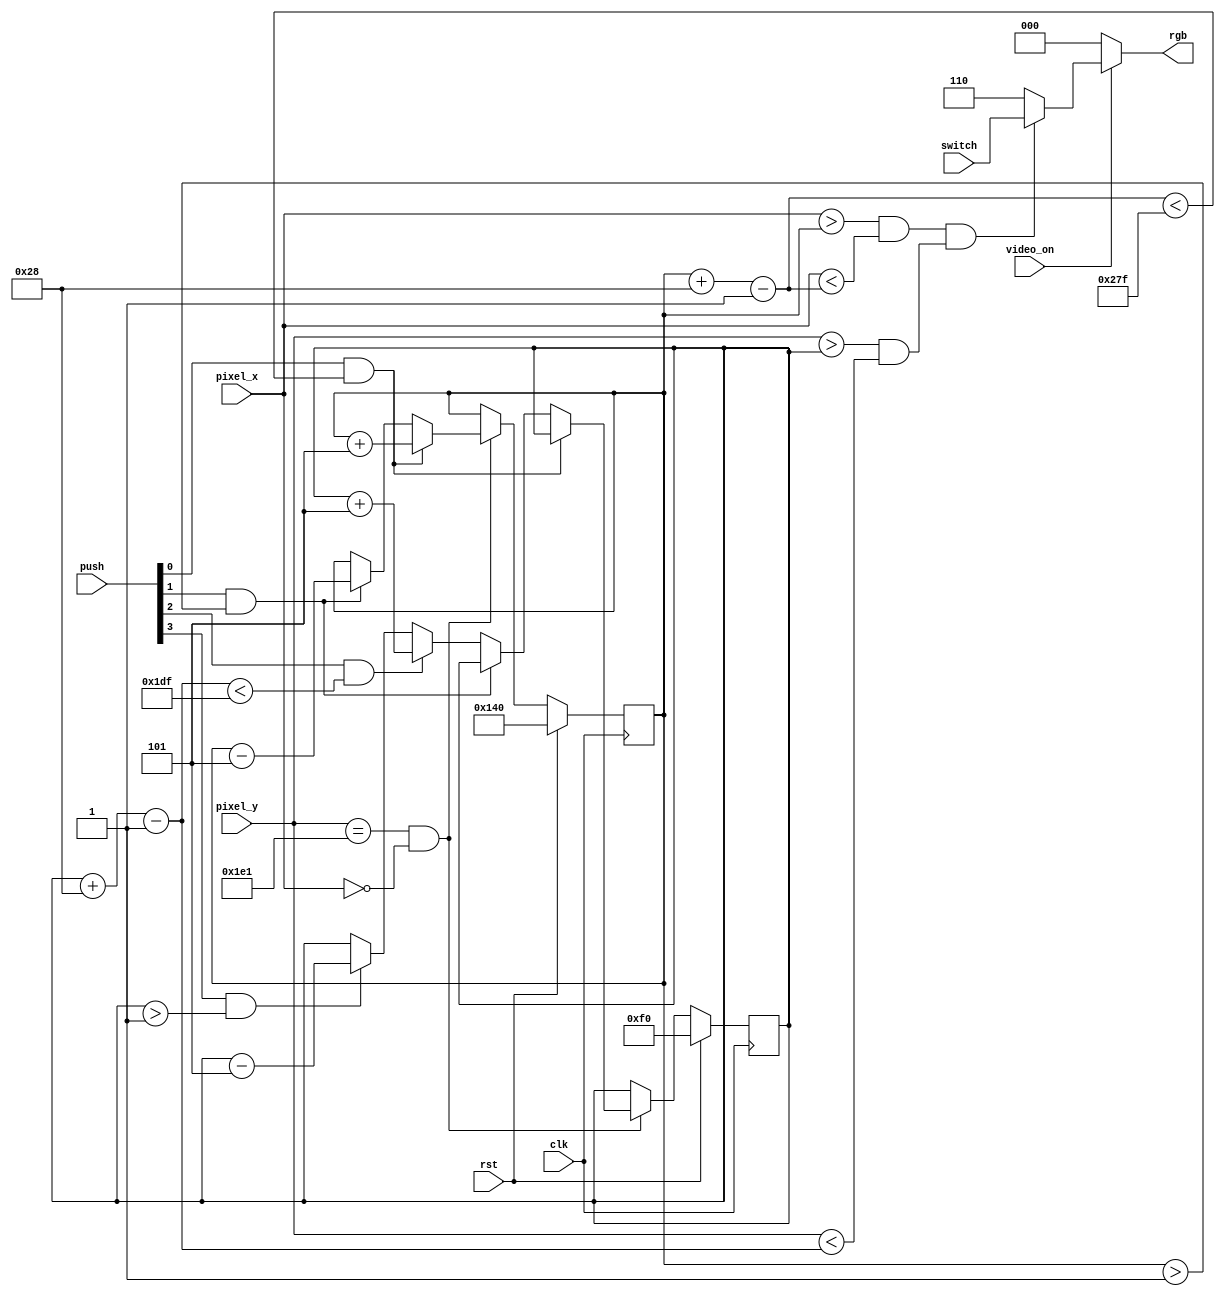
module pixelGeneration(clk, rst, push, switch, pixel_x, pixel_y, video_on, rgb);
input clk, rst;
input [3:0] push;
input [2:0] switch;
input [9:0] pixel_x, pixel_y;
input video_on;
output reg [2:0] rgb;
wire square_on, refr_tick;
localparam MAX_X = 640;
localparam MAX_Y = 480;
localparam SQUARE_SIZE = 40;
localparam SQUARE_VEL = 5;
wire [9:0] square_x_left, square_x_right, square_y_top, square_y_bottom;
reg [9:0] square_y_reg, square_y_next;
reg [9:0] square_x_reg, square_x_next;
always @(posedge clk) begin
	if(rst) begin
		square_y_reg <= 240;
		square_x_reg <= 320;
	end
	else begin
		square_y_reg <= square_y_next;
		square_x_reg <= square_x_next;
	end
end
assign refr_tick = (pixel_y ==481) && (pixel_x ==0);
assign square_y_top = square_y_reg;
assign square_x_left = square_x_reg;
assign square_y_bottom = square_y_top + SQUARE_SIZE - 1;
assign square_x_right = square_x_left + SQUARE_SIZE - 1;
always @(*) begin
	rgb = 3'b000;
	if(video_on) begin
		if(square_on)
			rgb = switch;
		else
			rgb = 3'b110;
	end
end
assign square_on = ((pixel_x > square_x_left) && (pixel_x < square_x_right)) && ((pixel_y > square_y_top) && (pixel_y < square_y_bottom));
always @(*) begin
	square_y_next = square_y_reg;
	square_x_next = square_x_reg;
	if(refr_tick) begin
		if (push[0] && (square_x_right < MAX_X - 1)) begin 
			square_x_next = square_x_reg + SQUARE_VEL; 
		end 
		else if (push[1] && (square_x_left > 1 )) begin
			square_x_next = square_x_reg - SQUARE_VEL; 
		end
		else if (push[2] && (square_y_bottom < MAX_Y - 1 )) begin
			square_y_next = square_y_reg + SQUARE_VEL; 
		end
		else if (push[3] && (square_y_top > 1)) begin
			square_y_next = square_y_reg - SQUARE_VEL; 
		end
	end
end
endmodule